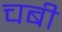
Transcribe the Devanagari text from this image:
चबी